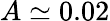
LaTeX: A\simeq 0.02